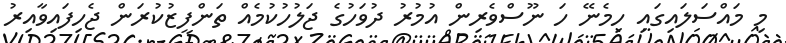
މި މައްސަލައިގައި ހިމެނޭ ހަ ނޫސްވެރިން އުމުރު ދުވަހުގެ ޖަލުހުކުމެއް ތަންފީޒުކުރަން ޖެހިފައިވާއިރު